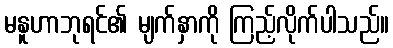
မနူဟာဘုရင်၏ မျက်နှာကို ကြည့်လိုက်ပါသည်။